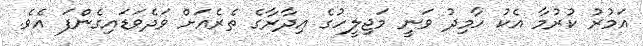
އަމުރު ކުރުމާ އެކު ހާމިދު ވަނީ މަޖިލީހުގެ އިދާރާގެ ތެރެއަށް ވަދެވަޑައިގެންފަ އެވެ.